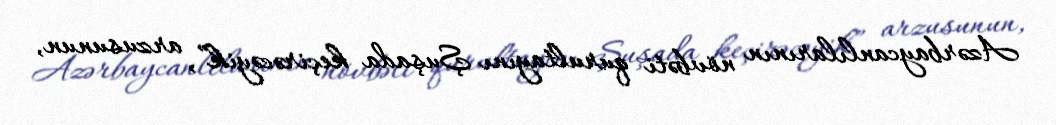
Azərbaycanlılarının növbəti qurultayını Şuşada keçirəcəyik”, arzusunun,